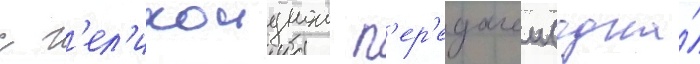
с г'ел'икоиднои п'ер'едачеи (одна́